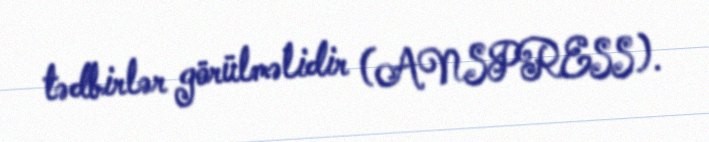
tədbirlər görülməlidir (ANSPRESS).